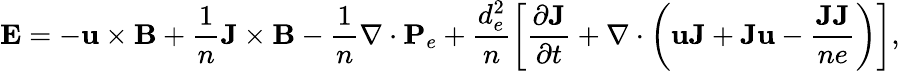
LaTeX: \mathbf{E}=-\mathbf{u}\times\mathbf{B}+\frac{1}{n}\mathbf{J}\times\mathbf{B}-\frac{1}{n}\nabla\cdot\textbf{P}_{e}+\frac{d_{e}^{2}}{n}\left[\frac{\partial\mathbf{J}}{\partial t}+\nabla\cdot\left(\mathbf{u}\mathbf{J}+\mathbf{J}\mathbf{u}-\frac{\mathbf{J}\mathbf{J}}{ne}\right)\right],